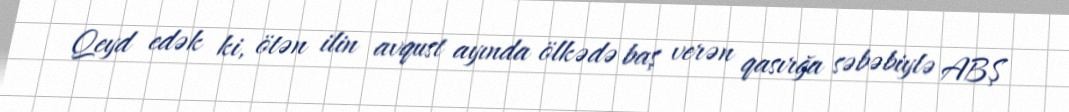
Qeyd edək ki, ötən ilin avqust ayında ölkədə baş verən qasırğa səbəbiylə ABŞ